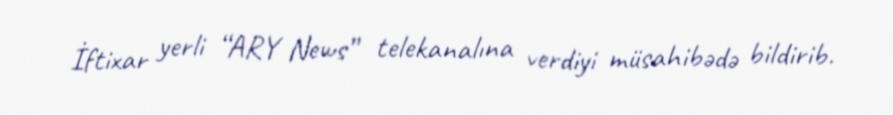
İftixar yerli “ARY News” telekanalına verdiyi müsahibədə bildirib.